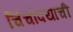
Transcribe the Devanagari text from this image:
चिंचोक्याची